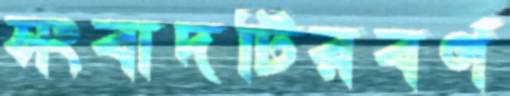
সংবাদটিরবর্ণ